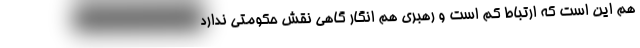
هم این است که ارتباط کم است و رهبری هم انگار گاهی نقش حکومتی ندارد